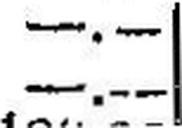
—.—